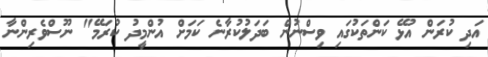
އަދި ކުރަން އުޅޭ ކަންތަކުގައި ވިސްނުން ބަދަލުކުރާނެ ކަމަށް އުންމީދު ކުރަމޭ" ނޫސްވެރިންނާ